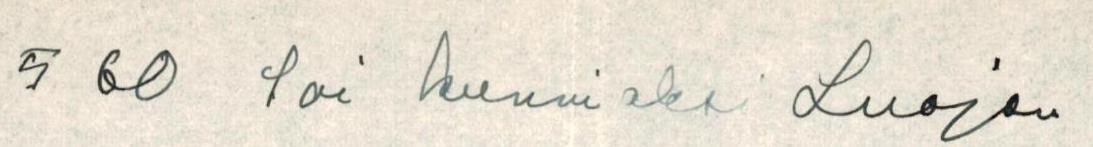
5 60 Sai kunniaksi Luojan